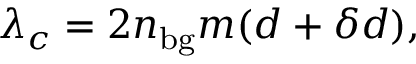
\lambda _ { c } = 2 n _ { \mathrm { { b g } } } m ( d + \delta d ) ,